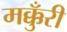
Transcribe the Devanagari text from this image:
मक्कुँरी